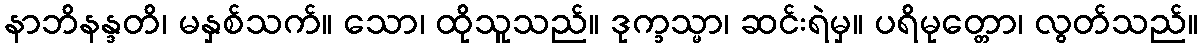
နာဘိနန္ဒတိ၊ မနှစ်သက်။ သော၊ ထိုသူသည်။ ဒုက္ခသ္မာ၊ ဆင်းရဲမှ။ ပရိမုတ္တော၊ လွတ်သည်။